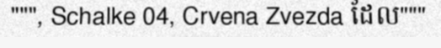
""", Schalke 04, Crvena Zvezda ដែល"""